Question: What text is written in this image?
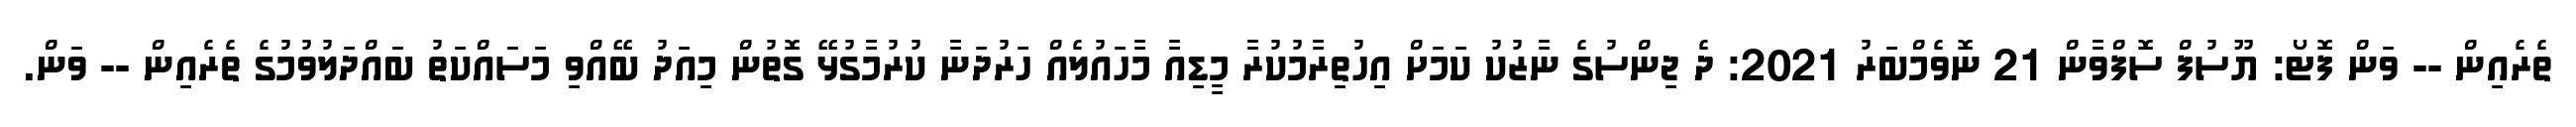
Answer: ތެރެއިން -- ވަން ފޮޓޯ: ޔޫސުފް ސޮފްވާން 21 ނޮވެމްބަރު 2021: ދެ ޖިންސުގެ ނާޒުކު ކަމަށް އިހުތިރާމުކުރާ މީޑިއާ މާހައުލެއް ހަރުދަނާ ކުރުމާގުޅޭ ގޮތުން މިއަދު ބޭއްވި މަސައްކަތު ބައްދަލުވުމުގެ ތެރެއިން -- ވަން.